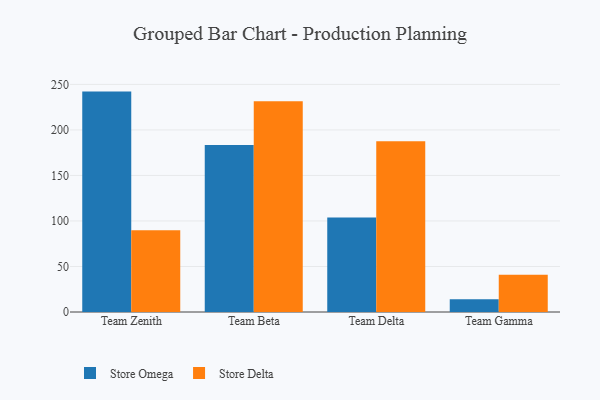
{"axis": {"x": "Team", "y": "Headcount"}, "legend": ["Store Delta", "Store Omega"], "data": [{"x": "Team Zenith", "y": 242.1, "type": "Store Omega"}, {"x": "Team Zenith", "y": 89.8, "type": "Store Delta"}, {"x": "Team Beta", "y": 183.5, "type": "Store Omega"}, {"x": "Team Beta", "y": 231.4, "type": "Store Delta"}, {"x": "Team Delta", "y": 103.9, "type": "Store Omega"}, {"x": "Team Delta", "y": 187.5, "type": "Store Delta"}, {"x": "Team Gamma", "y": 14.1, "type": "Store Omega"}, {"x": "Team Gamma", "y": 40.9, "type": "Store Delta"}]}